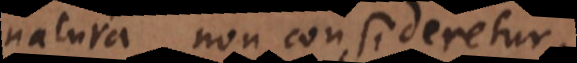
natura non consideretur